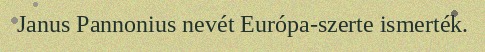
Janus Pannonius nevét Európa-szerte ismerték.